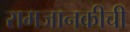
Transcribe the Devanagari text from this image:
रामजानकीची